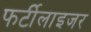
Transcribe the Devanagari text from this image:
फर्टीलाइजर